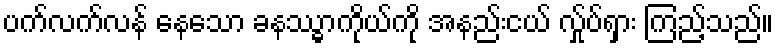
ပက်လက်လန် နေသော ခနဿ္ဓာကိုယ်ကို အနည်းငယ် လ်ှုပ်ရှား ကြည့်သည်။